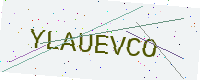
Text: YLAUEVCO